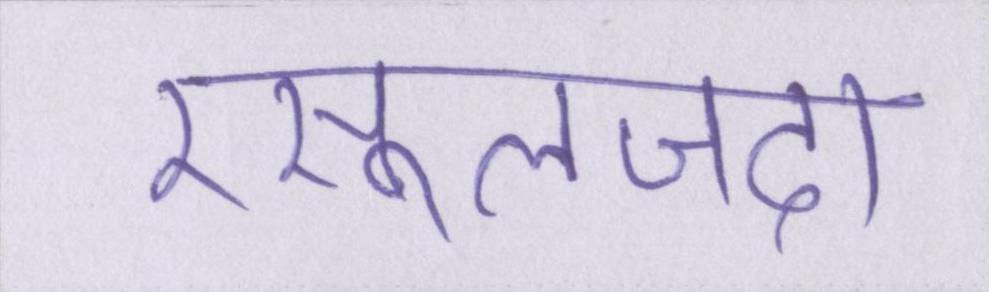
रसूलजदा